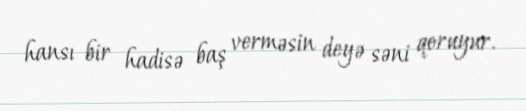
hansı bir hadisə baş verməsin deyə səni qoruyur.